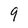
Character: 9